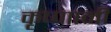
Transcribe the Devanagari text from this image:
कृष्णानी